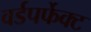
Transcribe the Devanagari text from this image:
वर्डपर्फेक्ट